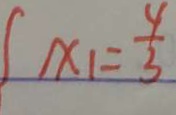
\int x _ { 1 } = \frac { 4 } { 3 }